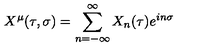
X ^ { \mu } ( \tau , \sigma ) = \sum _ { n = - \infty } ^ { \infty } X _ { n } ( \tau ) e ^ { i n \sigma }